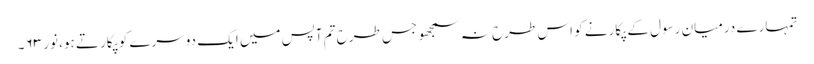
تمہارے درمیان رسول کے پکارنے کو اس طرح نہ سمجھو جس طرح تم آپس میں ایک دوسرے کو پکارتے ہو، نور ۶۳۔